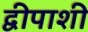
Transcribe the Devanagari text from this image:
द्वीपाशी